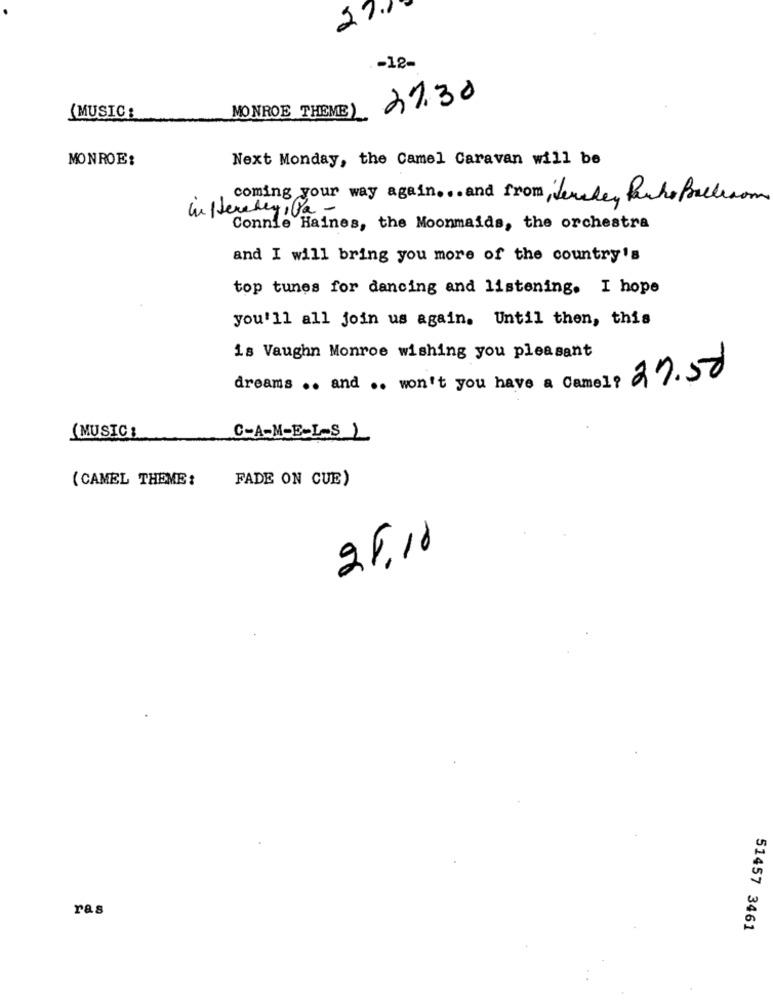
271
-12-
27.30
(MUSIC:
MONROE THEME )
MONROE:
Next Monday, the Camel Caravan will be
coming your way again ... and from Herekey Ruhe Ballroom
inflereley,la-
Connie Haines, the Moonmaids, the orchestra
and I will bring you more of the country's
top tunes for dancing and listening. I hope
you'll all join us again. Until then, this
is Vaughn Monroe wishing you pleasant
dreams .. and .. won't you have a Camel? 27.50
(MUSIC :
C-A-M-E-L-S 1
( CAMEL THEME :
FADE ON CUE)
25.10
ras
51457 3461